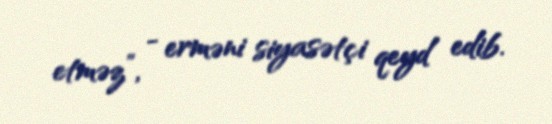
etməz”, - erməni siyasətçi qeyd edib.